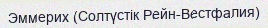
Эммерих (Солтүстік Рейн-Вестфалия)